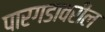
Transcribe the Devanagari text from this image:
पारगडावरील